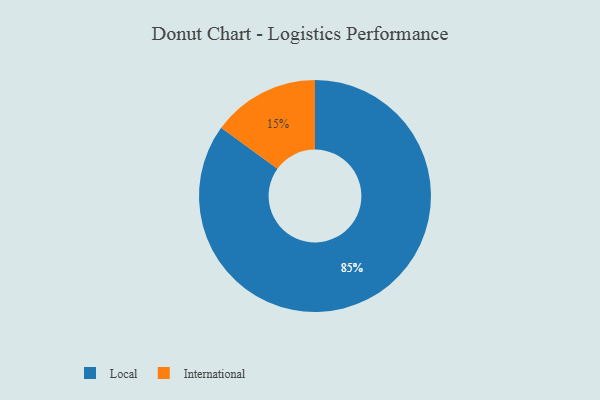
{"axis": {"x": "Category", "y": "Percentage"}, "legend": ["International", "Local"], "data": [{"x": "International", "y": 15, "type": "International"}, {"x": "Local", "y": 85, "type": "Local"}]}